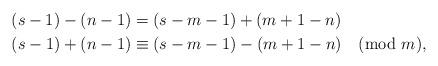
LaTeX: \begin{align*}(s-1) - (n-1) &= (s-m-1) + (m+1-n) \\(s-1) + (n-1) &\equiv (s-m-1) - (m+1-n) \pmod{m},\end{align*}